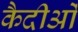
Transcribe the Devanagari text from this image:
कैदीओं